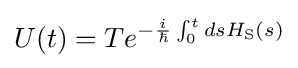
U(t)=Te^{-{\frac {i}{\hbar }}\int _{0}^{t}dsH_{\rm {S}}(s)}